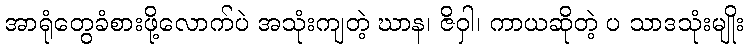
အာရုံတွေခံစားဖို့လောက်ပဲ အသုံးကျတဲ့ ဃာန၊ ဇိဝှါ၊ ကာယဆိုတဲ့ ပ သာဒသုံးမျိုး